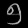
Digit: ၅